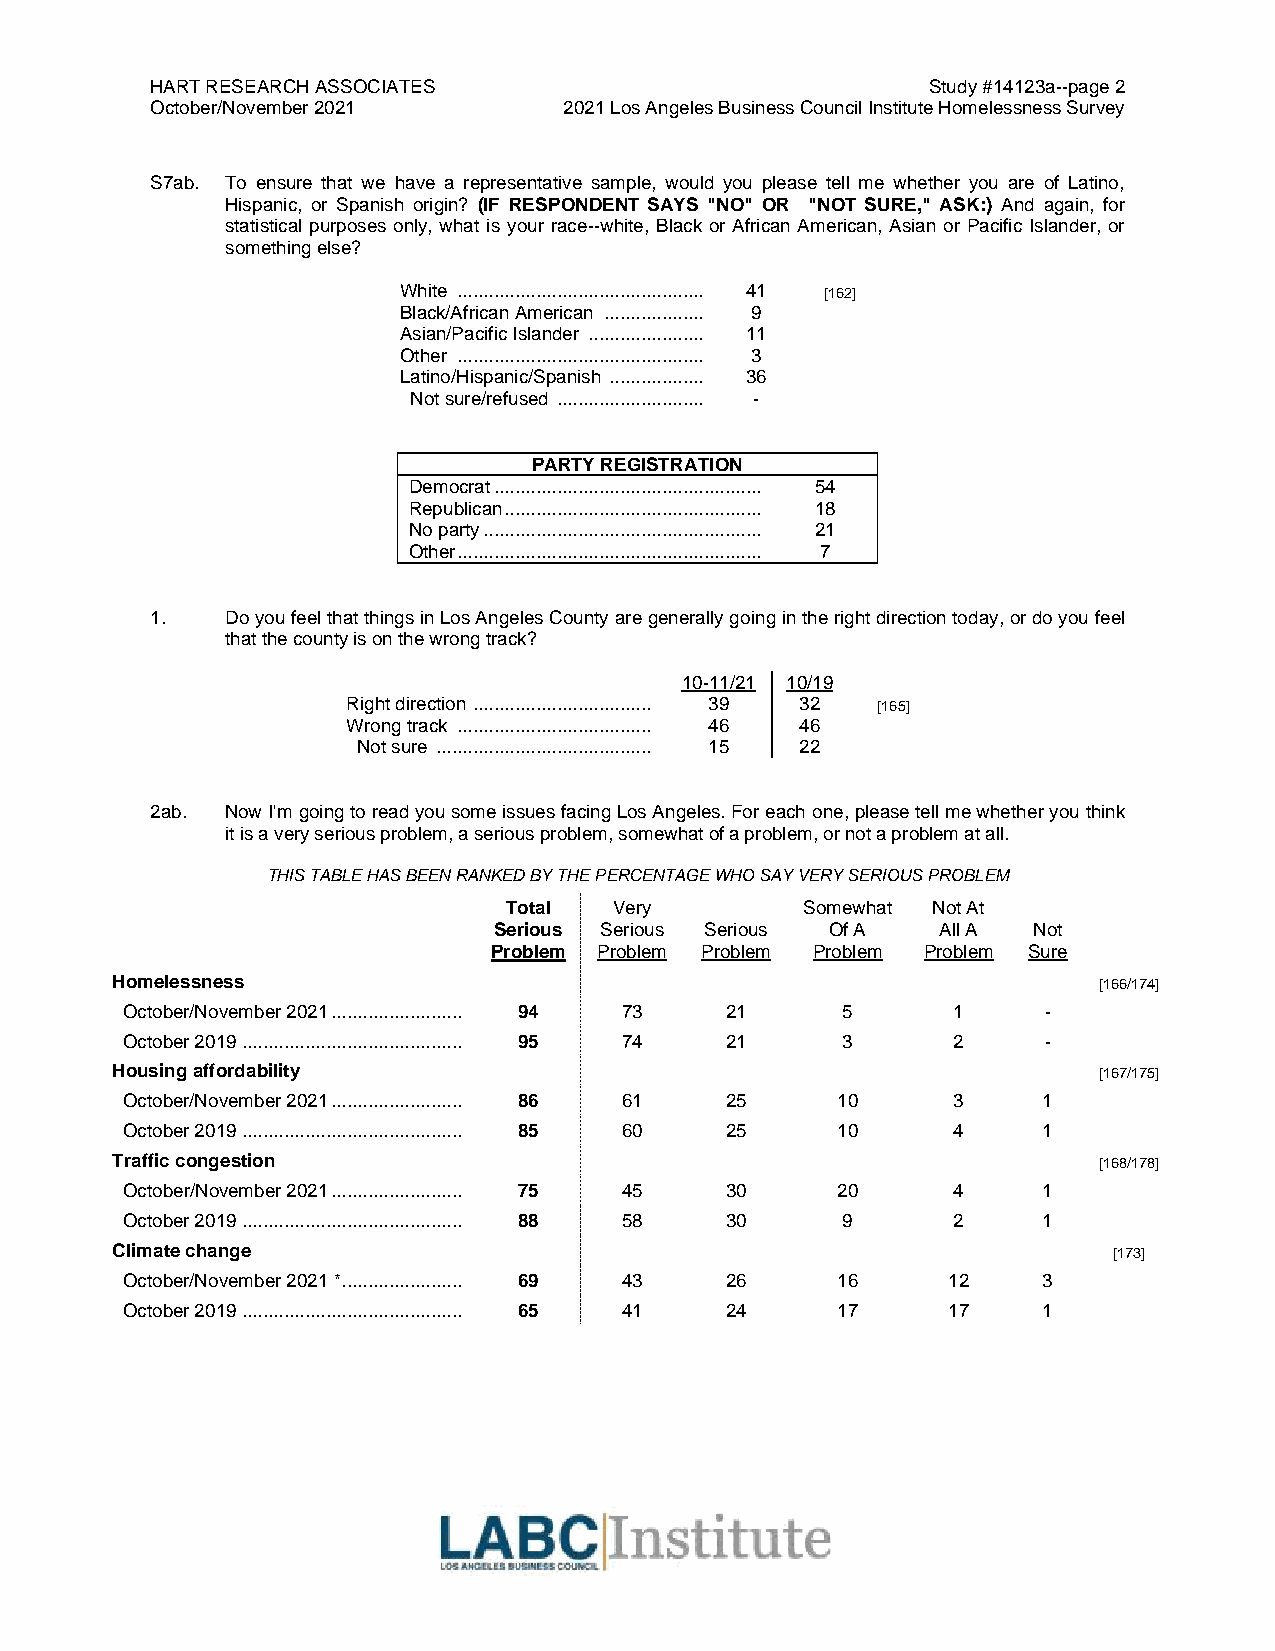
HART RESEARCH ASSOCIATES                            Study #14123a--page 2
 October/November 2021      2021 Los Angeles Business Council Institute Homelessness Survey
 S7ab. To ensure that we have a representative sample, would you please tell me whether you are of Latino,
 Hispanic, or Spanish origin? (IF RESPONDENT SAYS "NO" OR "NOT SURE," ASK:) And again, for
 statistical purposes only, what is your race--white, Black or African American, Asian or Pacific Islander, or
 something else?
 White ............................................... 41 [162]
 Black/African American ................... 9
 Asian/Pacific Islander ...................... 11
 Other ............................................... 3
 Latino/Hispanic/Spanish .................. 36
 Not sure/refused ............................ -
 PARTY REGISTRATION
 Democrat ................................................... 54
 Republican ................................................. 18
 No party ..................................................... 21
 Other .......................................................... 7
 1.   Do you feel that things in Los Angeles County are generally going in the right direction today, or do you feel
 that the county is on the wrong track?
 10-11/21 10/19
 Right direction .................................. 39 32 [165]
 Wrong track ..................................... 46 46
 Not sure ......................................... 15 22
 2ab. Now I'm going to read you some issues facing Los Angeles. For each one, please tell me whether you think
 it is a very serious problem, a serious problem, somewhat of a problem, or not a problem at all.
 THIS TABLE HAS BEEN RANKED BY THE PERCENTAGE WHO SAY VERY SERIOUS PROBLEM
 Total   Very        Somewhat Not At
 Serious Serious Serious Of A All A Not
 Problem Problem Problem Problem Problem Sure
 Homelessness                                                      [166/174]
 October/November 2021 ......................... 94 73 21 5 1 -
 October 2019 .......................................... 95 74 21 3 2 -
 Housing affordability                                             [167/175]
 October/November 2021 ......................... 86 61 25 10 3 1
 October 2019 .......................................... 85 60 25 10 4 1
 Traffic congestion                                                [168/178]
 October/November 2021 ......................... 75 45 30 20 4 1
 October 2019 .......................................... 88 58 30 9 2 1
 Climate change                                                     [173]
 October/November 2021 * ....................... 69 43 26 16 12 3
 October 2019 .......................................... 65 41 24 17 17 1